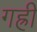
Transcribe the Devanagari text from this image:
गह्री